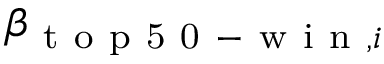
\beta _ { \mathrm { ~ t ~ o ~ p ~ 5 ~ 0 ~ - ~ w ~ i ~ n ~ } , i }